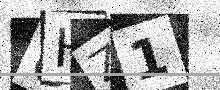
Text: UHZ1